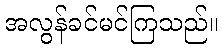
အလွန်ခင်မင်ကြသည်။